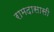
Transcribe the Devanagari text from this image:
रामदासासी